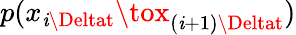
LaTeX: p(x_{\mathit{i}\Deltat}\tox_{(\mathit{i}+1)\Deltat})